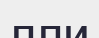
лли